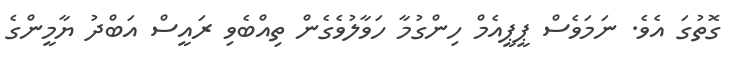
ގޮތުގަ އެވެ. ނަމަވެސް ޕީޕީއެމް ހިންގުމާ ހަވާލުވެގެން ތިއްބެވި ރައީސް އަބްދު ޔާމީންގެ